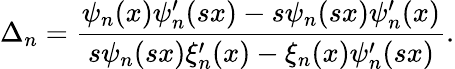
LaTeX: \Delta_{n}=\frac{\psi_{n}(x)\psi_{n}^{\prime}(sx)-s\psi_{n}(sx)\psi_{n}^{\prime}(x)}{s\psi_{n}(sx)\xi_{n}^{\prime}(x)-\xi_{n}(x)\psi_{n}^{\prime}(sx)}.